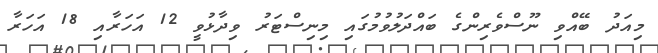
މިއަދު ބޭއްވި ނޫސްވެރިންގެ ބައްދަލުވުމުގައި މިނިސްޓަރު ވިދާޅުވީ 12 އަހަރާއި 18 އަހަރާ